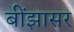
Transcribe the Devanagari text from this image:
बींझासर